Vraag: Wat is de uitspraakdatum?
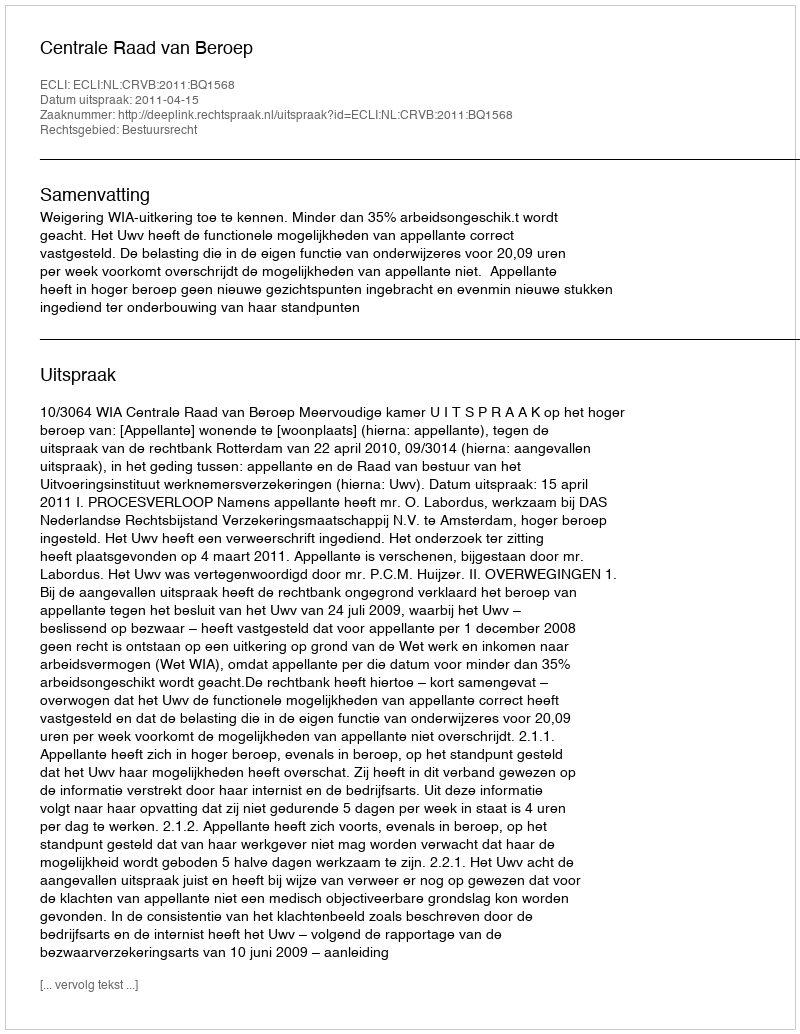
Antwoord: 2011-04-15